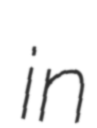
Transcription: in